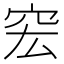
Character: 䆖